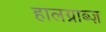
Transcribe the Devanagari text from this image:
हालग्राब्ज़